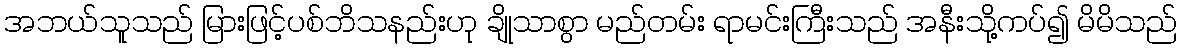
အဘယ်သူသည် မြားဖြင့်ပစ်ဘိသနည်းဟု ချိုသာစွာ မည်တမ်း ရာမင်းကြီးသည် အနီးသို့ကပ်၍ မိမိသည်